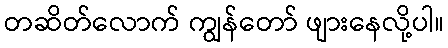
တဆိတ်လောက် ကျွန်တော် ဖျားနေလို့ပါ။